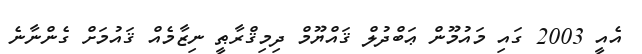
އެއީ 2003 ގައި މައުމޫން ޢަބްދުލް ޤައްޔޫމް ދިމިޤްރާޠީ ނިޒާމެއް ޤައުމަށް ގެންނާނެ